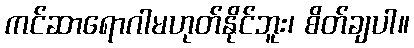
ကင်ဆာရောဂါမဟုတ်နိုင်ဘူး၊ စိတ်ချပါ။